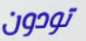
تودون